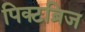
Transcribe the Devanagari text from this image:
पिक्टब्रिज